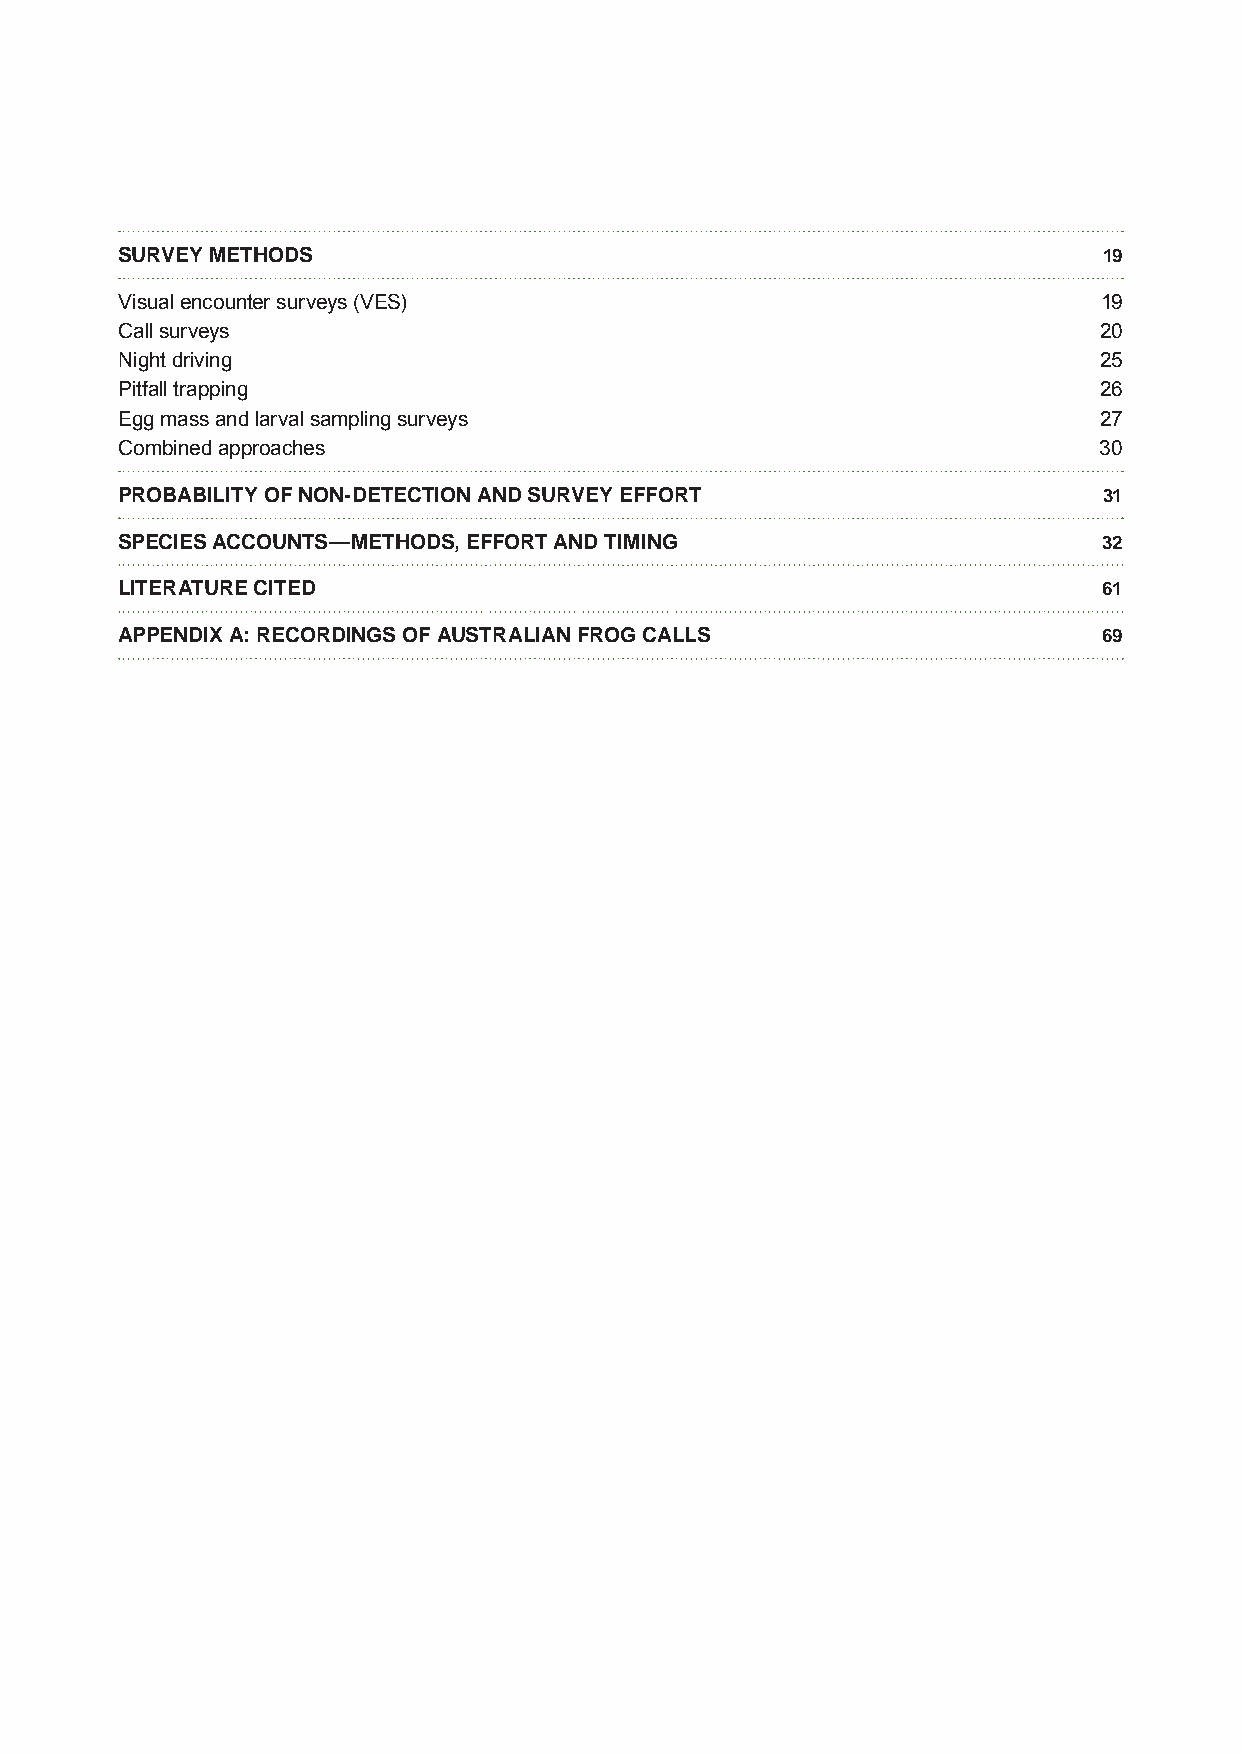
SURVEY METHODS                                                   19
 Visual encounter surveys (VES)                                   19
 Call surveys                                                     20
 Night driving                                                    25
 Pitfall trapping                                                 26
 Egg mass and larval sampling surveys                             27
 Combined approaches                                              30
 PROBABILITY OF NON-DETECTION AND SURVEY EFFORT                   31
 SPECIES ACCOUNTS—METHODS, EFFORT AND TIMING                      32
 LITERATURE CITED                                                 61
 APPENDIX A: RECORDINGS OF AUSTRALIAN FROG CALLS                  69
 iv | Survey guidelines for Australia’s threatened frogs